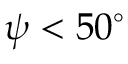
\psi < 5 0 ^ { \circ }